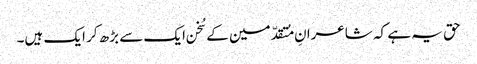
حق یہ ہے کہ شاعرانِ مُتقدّمین کے سُخن ایک سے بڑھ کر ایک ہیں۔